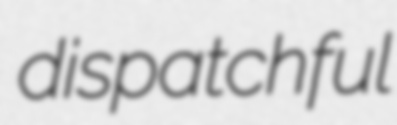
dispatchful